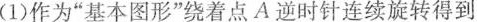
(1)作为“基本图形”绕着点A逆时针连续旋转得到